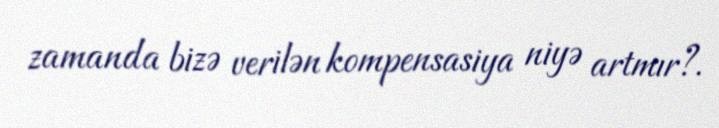
zamanda bizə verilən kompensasiya niyə artmır?.